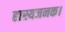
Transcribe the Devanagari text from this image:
हास्यजनक।